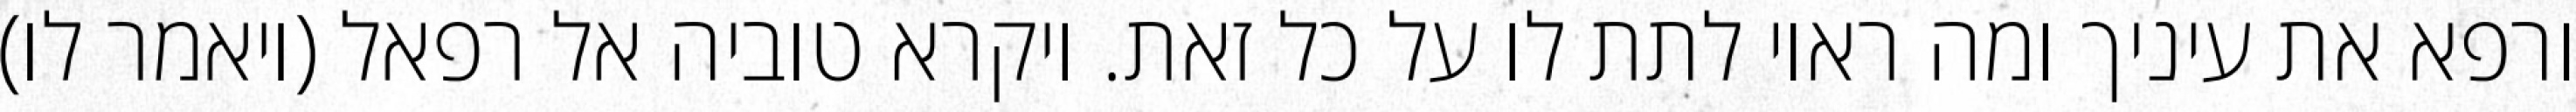
ורפא את עיניך ומה ראוי לתת לו על כל זאת. ויקרא טוביה אל רפאל (ויאמר לו)